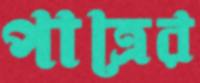
পাত্রের